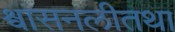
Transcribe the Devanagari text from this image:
श्वासनलीतथा